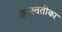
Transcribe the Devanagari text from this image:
सरस्वतीका